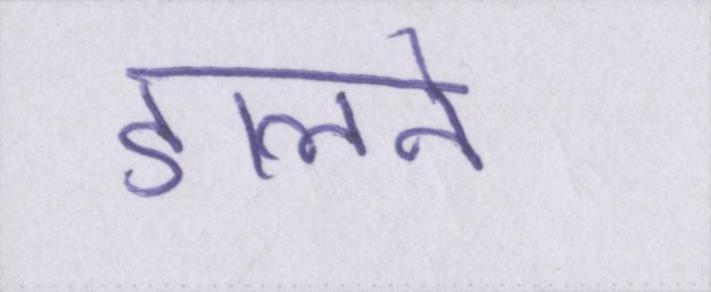
डालने